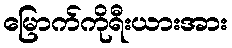
မြောက်ကိုရီးယားအား